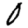
Digit: 0